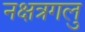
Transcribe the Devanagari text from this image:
नक्षत्रगलु